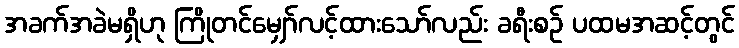
အခက်အခဲမရှိဟု ကြိုတင်မျှော်လင့်ထားသော်လည်း ခရီးစဉ် ပထမအဆင့်တွင်